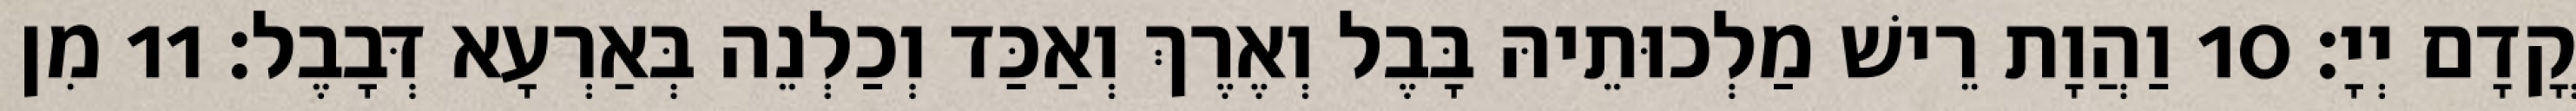
קֳדָם יְיָ׃ 10 וַהֲוָת רֵישׁ מַלְכוּתֵיהּ בָּבֶל וְאֶרֶךְ וְאַכַּד וְכַלְנֵה בְּאַרְעָא דְּבָבֶל׃ 11 מִן